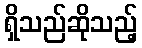
ရှိသည်ဆိုသည့်